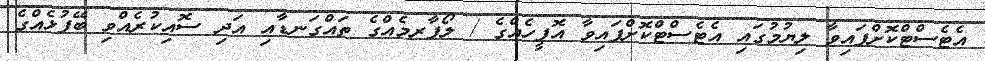
އެޓެސްޓްކޮށްފައިވާ ލިޔުމުގައި އެޓެސްޓްކޮށްފައިވާ އޮފީހެއްގެ / ލޯފާރމެއްގެ ތައްގަނޑާއި އަދި ސޮއިކުރެއްވި ބޭފުޅެއްގެ